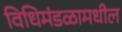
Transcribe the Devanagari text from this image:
विधिमंडळामधील